Indian journal of veterinary science and animal husbandry - Volume 10,
Year: 1940
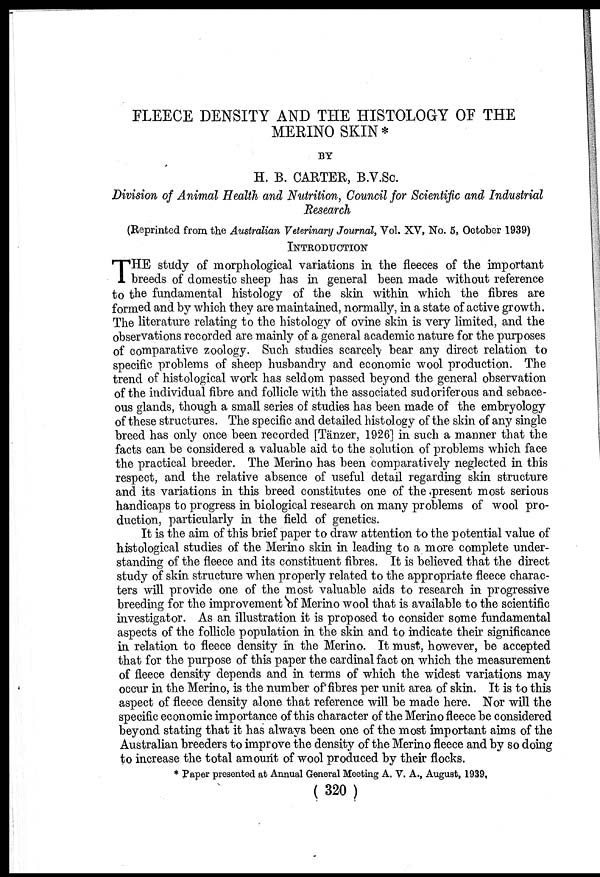
FLEECE DENSITY AND THE HISTOLOGY OF THE
MERINO SKIN*
BY
H. B. CARTER, B.V.Sc.
Division of Animal Health and Nutrition, Council for Scientific and Industrial
Research
(Reprinted from the Australian Veterinary Journal, Vol. XV, No. 5, October 1939)
INTRODUCTION
T HE study of morphological variations in the fleeces of the important
breeds of domestic sheep has in general been made without reference
to the fundamental histology of the skin within which the fibres are
formed and by which they are maintained, normally, in a state of active growth.
The literature relating to the histology of ovine skin is very limited, and the
observations recorded are mainly of a general academic nature for the purposes
of comparative zoology. Such studies scarcely bear any direct relation to
specific problems of sheep husbandry and economic wool production. The
trend of histological work has seldom passed beyond the general observation
of the individual fibre and follicle with the associated sudoriferous and sebace-
ous glands, though a small series of studies has been made of the embryology
of these structures. The specific and detailed histology of the skin of any single
breed has only once been recorded [Tänzer, 1926] in such a manner that the
facts can be considered a valuable aid to the solution of problems which face
the practical breeder. The Merino has been comparatively neglected in this
respect, and the relative absence of useful detail regarding skin structure
and its variations in this breed constitutes one of the present most serious
handicaps to progress in biological research on many problems of wool pro-
duction, particularly in the field of genetics.
It is the aim of this brief paper to draw attention to the potential value of
histological studies of the Merino skin in leading to a more complete under-
standing of the fleece and its constituent fibres. It is believed that the direct
study of skin structure when properly related to the appropriate fleece charac-
ters will provide one of the most valuable aids to research in progressive
breeding for the improvement of Merino wool that is available to the scientific
investigator. As an illustration it is proposed to consider some fundamental
aspects of the follicle population in the skin and to indicate their significance
in relation to fleece density in the Merino. It must, however, be accepted
that for the purpose of this paper the cardinal fact on which the measurement
of fleece density depends and in terms of which the widest variations may
occur in the Merino, is the number of fibres per unit area of skin. It is to this
aspect of fleece density alone that reference will be made here. Nor will the
specific economic importance of this character of the Merino fleece be considered
beyond stating that it has always been one of the most important aims of the
Australian breeders to improve the density of the Merino fleece and by so doing
to increase the total amount of wool produced by their flocks.
* Paper presented at Annual General Meeting A. V. A., August, 1939,
( 320 )